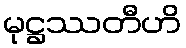
မုဋ္ဌဿတီဟိ